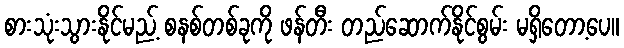
စားသုံးသွားနိုင်မည့် စနစ်တစ်ခုကို ဖန်တီး တည်ဆောက်နိုင်စွမ်း မရှိတော့ပေ။